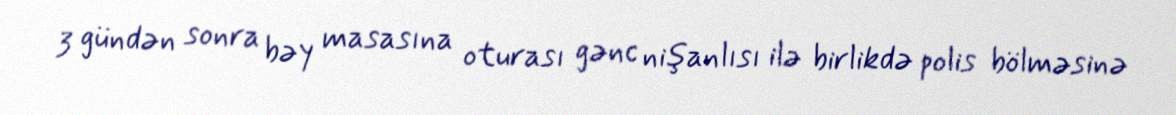
3 gündən sonra bəy masasına oturası gənc nişanlısı ilə birlikdə polis bölməsinə